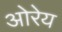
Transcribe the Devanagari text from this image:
ओरेय